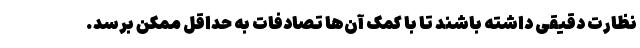
نظارت دقیقی داشته باشند تا با کمک آن‌ها تصادفات به حداقل ممکن برسد.